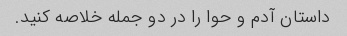
داستان آدم و حوا را در دو جمله خلاصه کنید.